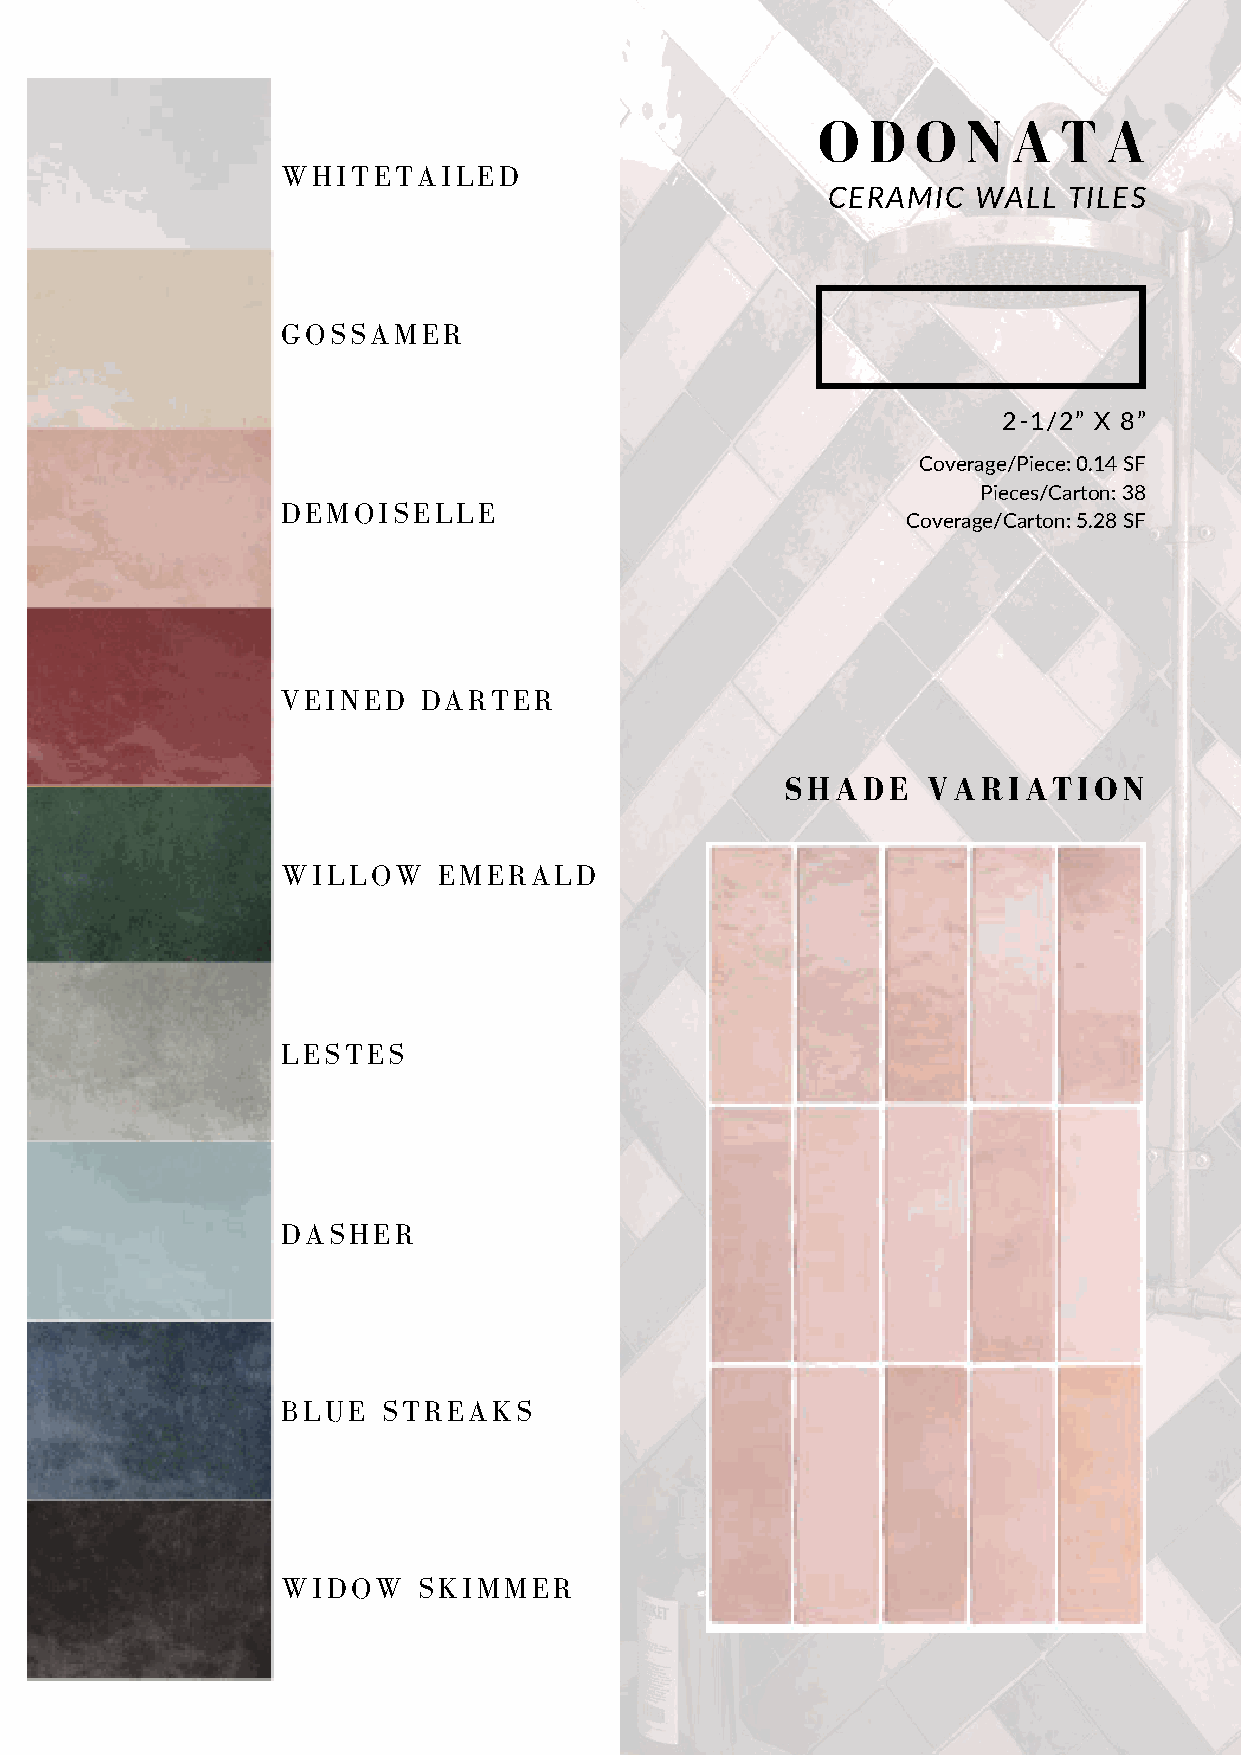
O  D   O  N  A  T  A
 WHITETAILED
 CERAMIC   WALL  TILES
 GOSSAMER
 2-1/2” X 8”
 Coverage/Piece: 0.14 SF
 Pieces/Carton: 38
 DEMOISELLE
 Coverage/Carton: 5.28 SF
 VEINED   DARTER
 SHADE    VARIATION
 WILLOW    EMERALD
 LESTES
 DASHER
 BLUE  STREAKS
 WIDOW    SKIMMER